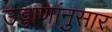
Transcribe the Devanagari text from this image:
उड्डाणांनुसार